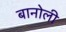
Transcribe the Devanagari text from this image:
बानोली